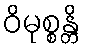
ဝိမုစ္စန္တိ